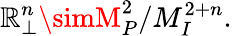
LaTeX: \mathbb{R}_{\perp}^{n}\simM_{P}^{2}/M_{I}^{2+n}.